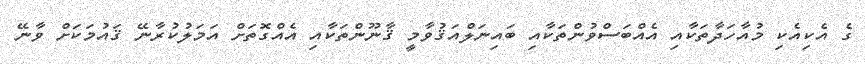
ގެ އެކިއެކި މުއާހަދާތަކާއި އެއްބަސްވުންތަކާއި ބައިނަލްއަޤުވާމީ ޤާނޫންތަކާއި އެއްގޮތަށް އަމަލުކުރާނޭ ޤައުމަކަށް ވާނޭ